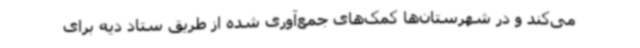
می‌کند و در شهرستان‌ها کمک‌های جمع‌آوری شده از طریق ستاد دیه برای